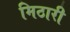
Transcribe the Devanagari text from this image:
मिठारी